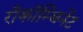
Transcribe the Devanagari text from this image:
रीकॉम्बिनेंट